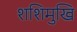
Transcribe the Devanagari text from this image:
शशिमुखि